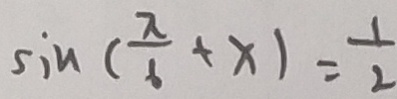
\sin ( \frac { \pi } { 6 } + x ) = \frac { 1 } { 2 }